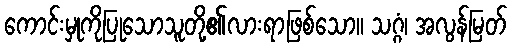
ကောင်းမှုကိုပြုသောသူတို့၏လားရာဖြစ်သော။ သဂ္ဂံ၊ အလွန်မြတ်